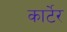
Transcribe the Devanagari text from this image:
कार्टेर